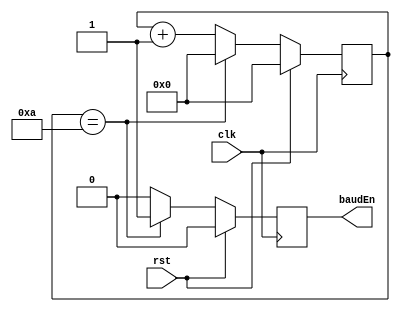
module uart_brg
(
	input	wire			rst,
	input	wire			clk,
	output	reg				baudEn
);

parameter DIVISOR = 10;

reg [7:0] baudCount;

always @ (posedge clk)
begin
    if (rst)
    begin
        baudCount <= 0;
        baudEn <= 0;
    end
    else
    begin
        if (baudCount == DIVISOR)
        begin
            baudCount <= 0;
            baudEn <= 1;
        end
        else
        begin
            baudCount <= baudCount + 1;
            baudEn <= 0;
        end
    end
end

endmodule